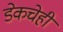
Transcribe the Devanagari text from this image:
डेकचेही